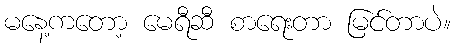
မနေ့ကတော့ မေရီဆီ စာရေးတာ မြင်တာပဲ။